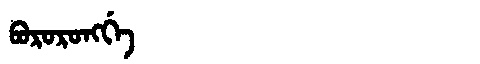
Manchu: ᠪᠣᡵᠣᡵᠣᠩᡤᡝ
Romanization: BORORONGGE